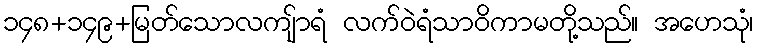
၁၄၈+၁၄၉+မြတ်သောလကျ်ာရံ လက်ဝဲရံသာဝိကာမတို့သည်။ အဟေသုံ၊